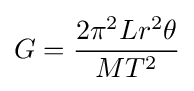
G={\frac {2\pi ^{2}Lr^{2}\theta }{MT^{2}}}